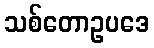
သစ်တောဥပဒေ